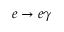
e \to e \gamma